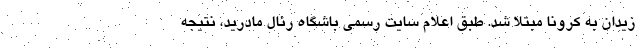
زیدان به کرونا مبتلا شد. طبق اعلام سایت رسمی باشگاه رئال مادرید، نتیجه